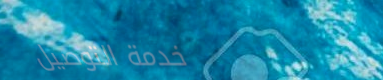
خدمة التوصيل